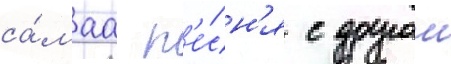
са́маа п'е́сн'я с другои